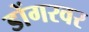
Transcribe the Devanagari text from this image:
डोंगरवर